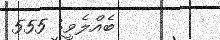
ބެއްލެވީ: 555